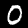
Digit: 0